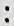
: